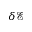
\delta \mathcal { E }